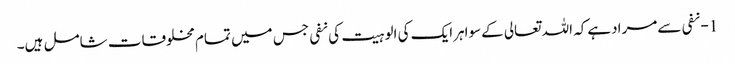
1- نفی سےمرادہےکہ اللہ تعالی کےسواہرایک کی الوہیت کی نفی جس میں تمام مخلوقات شامل ہیں۔